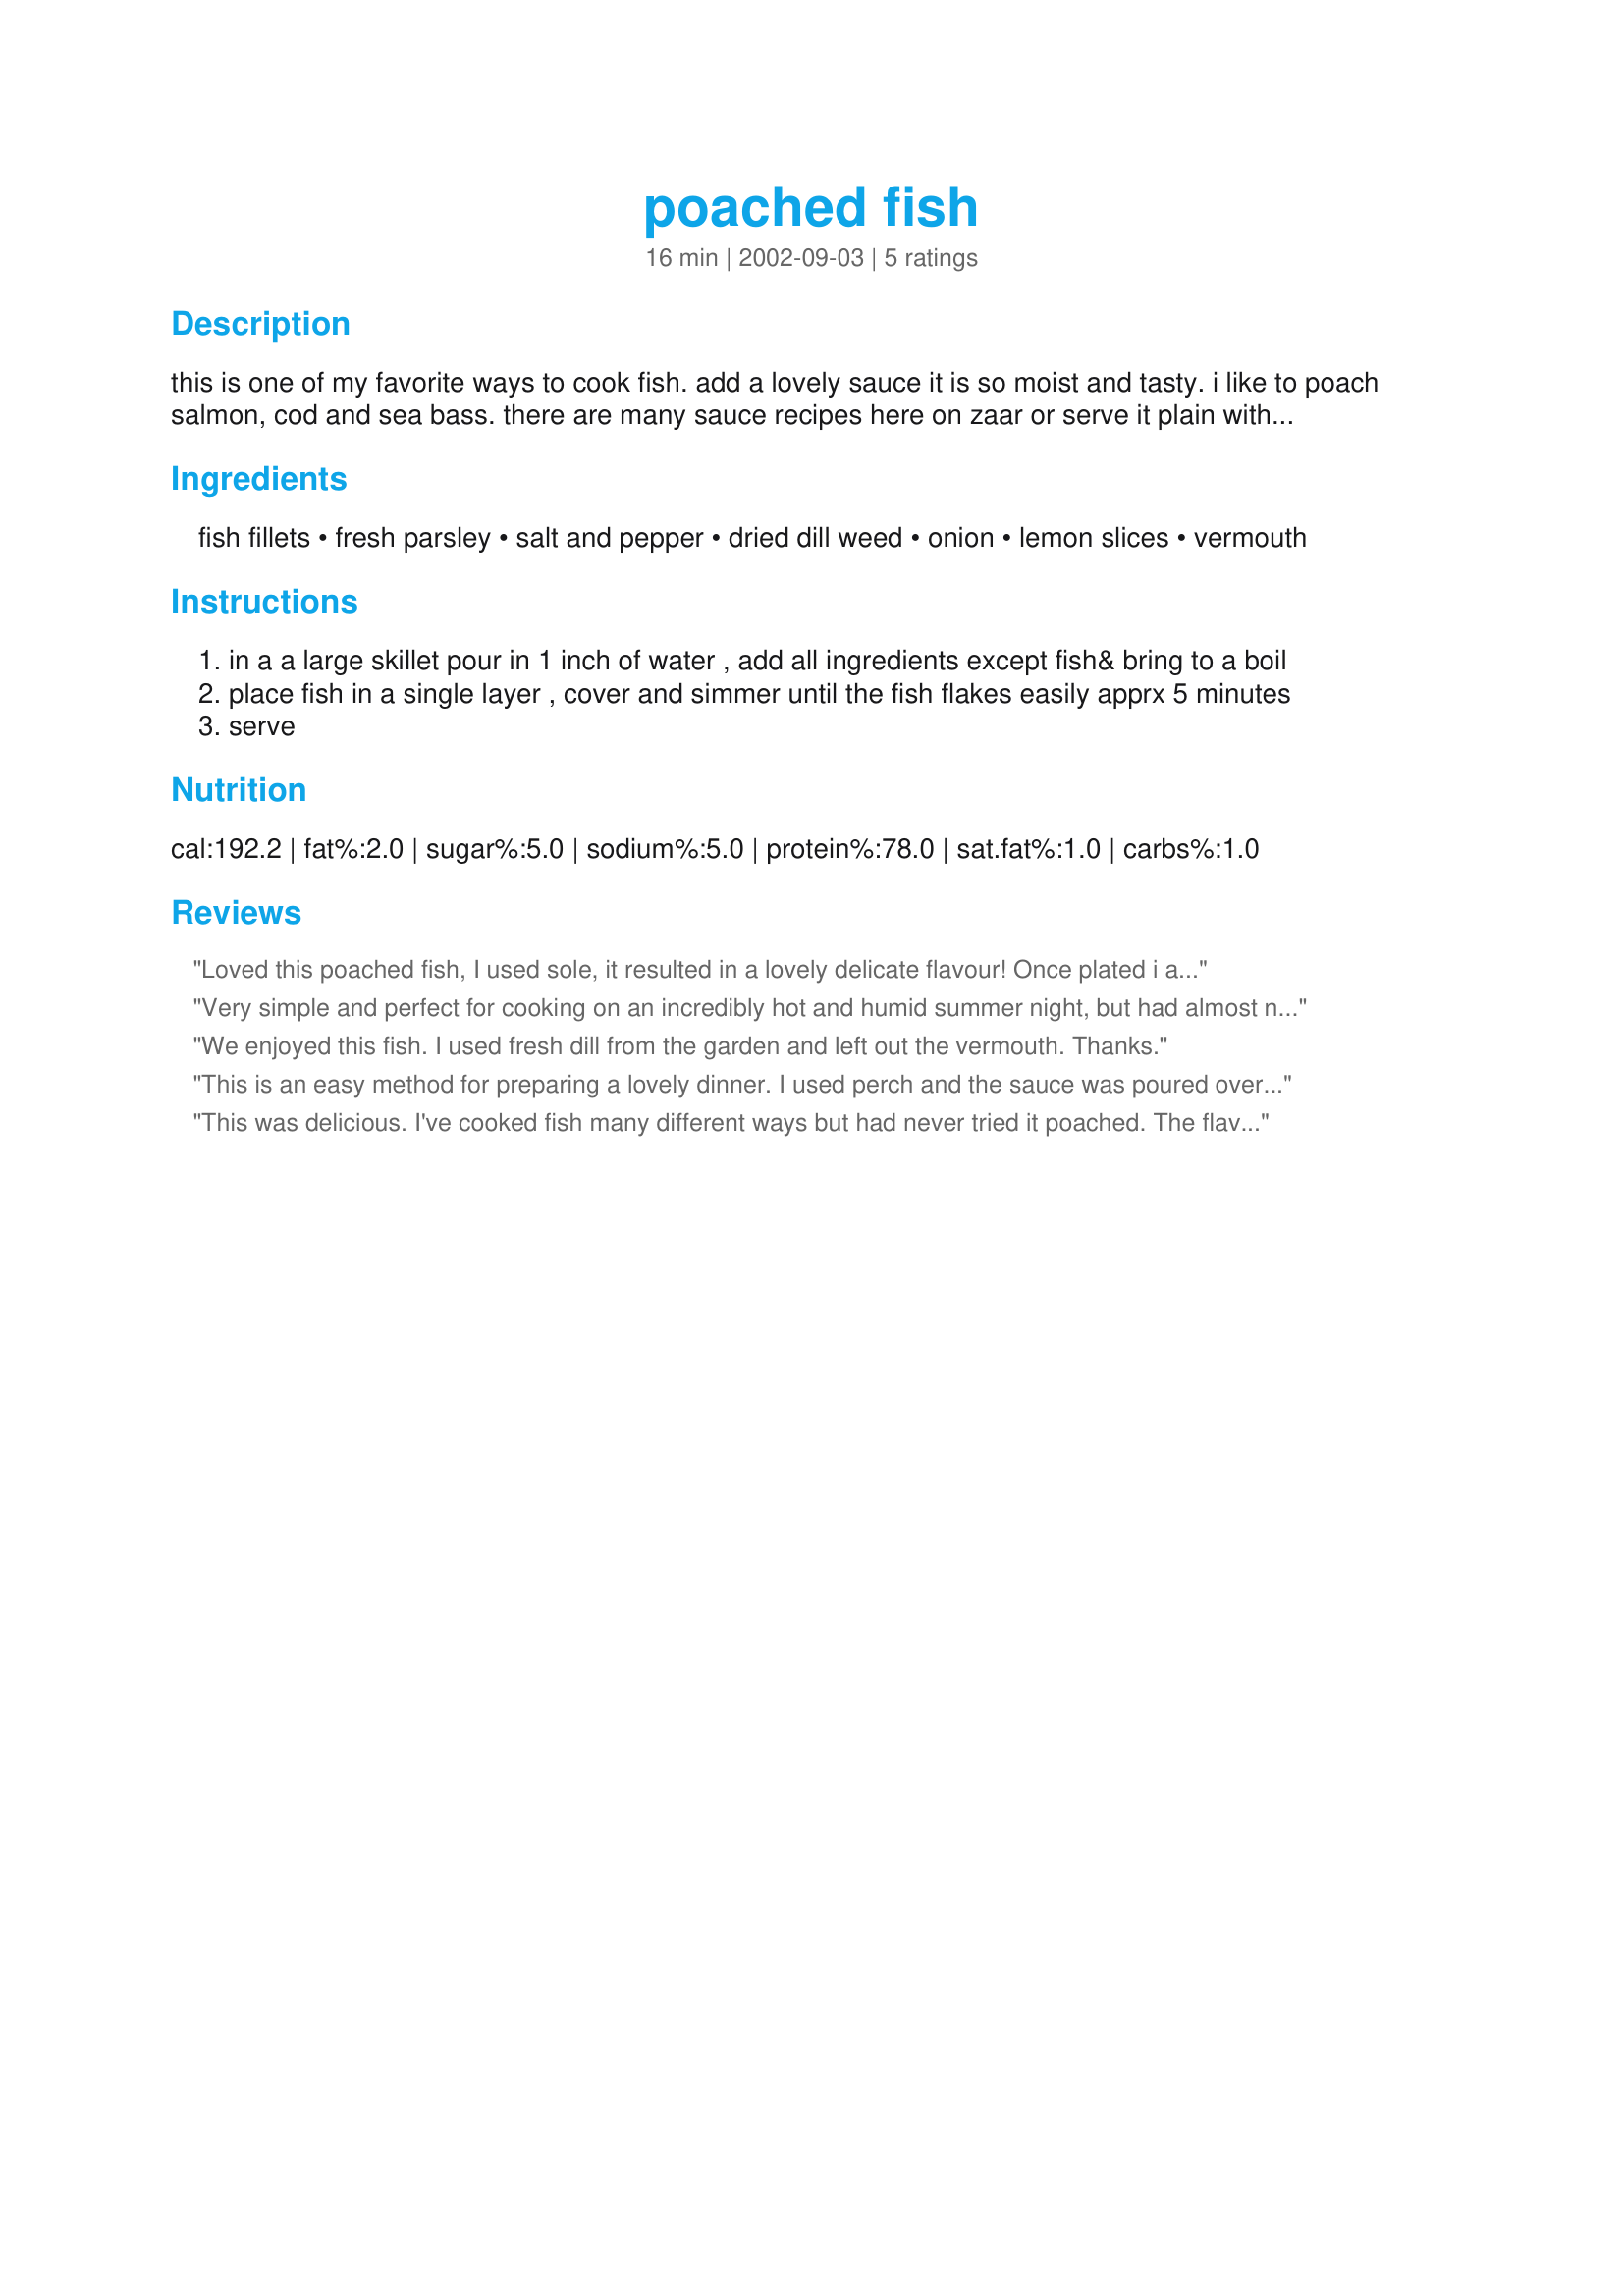
poached fish
Preparation time: 16 minutes

this is one of my favorite ways to cook fish. add a lovely sauce it is so moist and tasty. i like to poach salmon, cod and sea bass. there are many sauce recipes here on zaar or serve it plain with a dab of butter. i like to use a lightly greased rack so the fish is just above the water, espcially if it is a skinless filet

Ingredients:
fish fillets, fresh parsley, salt and pepper, dried dill weed, onion, lemon slices, vermouth

Steps:
in a a large skillet pour in 1 inch of water , add all ingredients except fish& bring to a boil
place fish in a single layer , cover and simmer until the fish flakes easily apprx 5 minutes
serve

Reviews:
Loved this poached fish, I used sole, it resulted in a lovely delicate flavour! Once plated i added some of the dill, onion parsley and lemon on top of the fish rather than use a sauce. Lovely flavour! thanks for posting I will be using this recipe often.
Very simple and perfect for cooking on an incredibly hot and humid summer night, but had almost no taste. I skipped the vermouth because we don't like it, but I hope that wasn't the problem since it's listed as an optional ingredient. I didn't make a sauce because I don't like sauce on my fish, but I did squeeze more lemon and sprinkle more dill on the fish on our plates after realizing there was almost no flavour to the fish as it came out of the pan. I used cod fillets. Sorry this one didn't work out for us!
We enjoyed this fish. I used fresh dill from the garden and left out the vermouth. Thanks.
This is an easy method for preparing a lovely dinner. I used perch and the sauce was poured over the fish and rice, broccoli florets on the side. Thanks, Bergy, for a simple and delicious recipe.
This was delicious. I've cooked fish many different ways but had never tried it poached. The flavors were wonderful.
